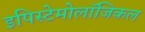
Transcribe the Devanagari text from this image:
इपिस्टेमोलॉजिकल